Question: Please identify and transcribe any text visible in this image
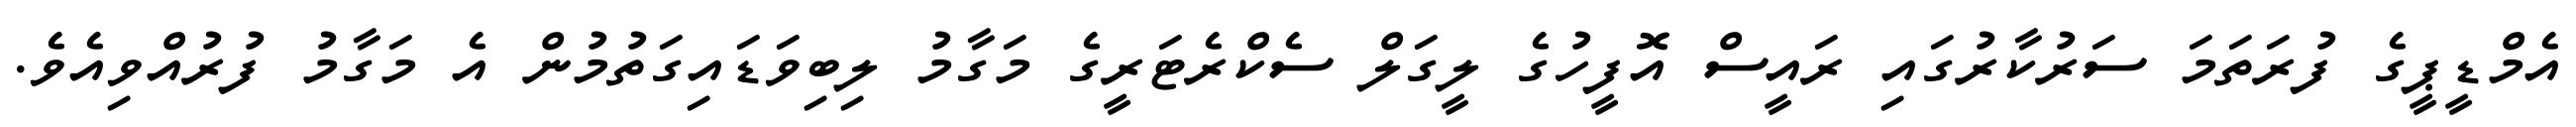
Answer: އެމްޑީޕީގެ ފުރަތަމަ ސަރުކާރުގައި ރައީސް އޮފީހުގެ ލީގަލް ސެކްރެޓަރީގެ މަގާމު ލިބިވަޑައިގަތުމުން އެ މަގާމު ފުރުއްވިއެވެ.